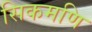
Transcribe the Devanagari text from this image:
सिकमणि